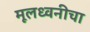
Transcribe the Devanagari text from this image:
मूलध्वनीचा